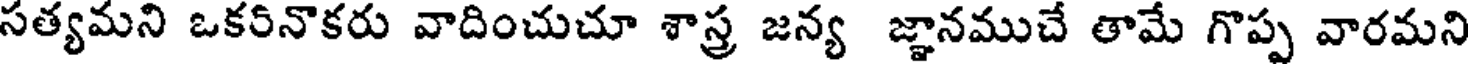
సత్యమని ఒకరినొకరు వాదించుచూ శాస్త్ర జన్య జ్ఞానముచే తామే గొప్ప వారమని